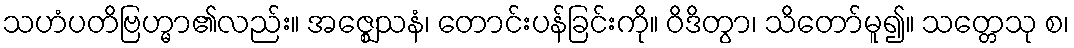
သဟံပတိဗြဟ္မာ၏လည်း။ အဇ္ဈေသနံ၊ တောင်းပန်ခြင်းကို။ ဝိဒိတွာ၊ သိတော်မူ၍။ သတ္တေသု စ၊